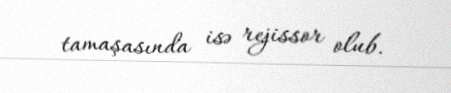
tamaşasında isə rejissor olub.